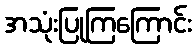
အသုံးပြုကြကြောင်း